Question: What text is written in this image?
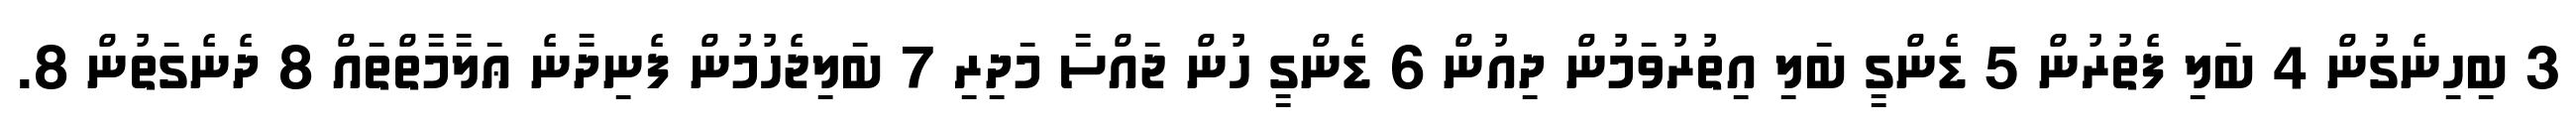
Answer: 3 ބިހިނެގުން 4 ބަލި ފެތުރުން 5 ޑެންގީ ބަލި އިތުރުވަމުން ދިއުން 6 ޑެންގީ ހުން ޖައްސާ މަދިރި 7 ބަލިޖެހުމުން ފެނިދާނެ ޢަލާމާތްތައް 8 ދެނެގަތުން 8.